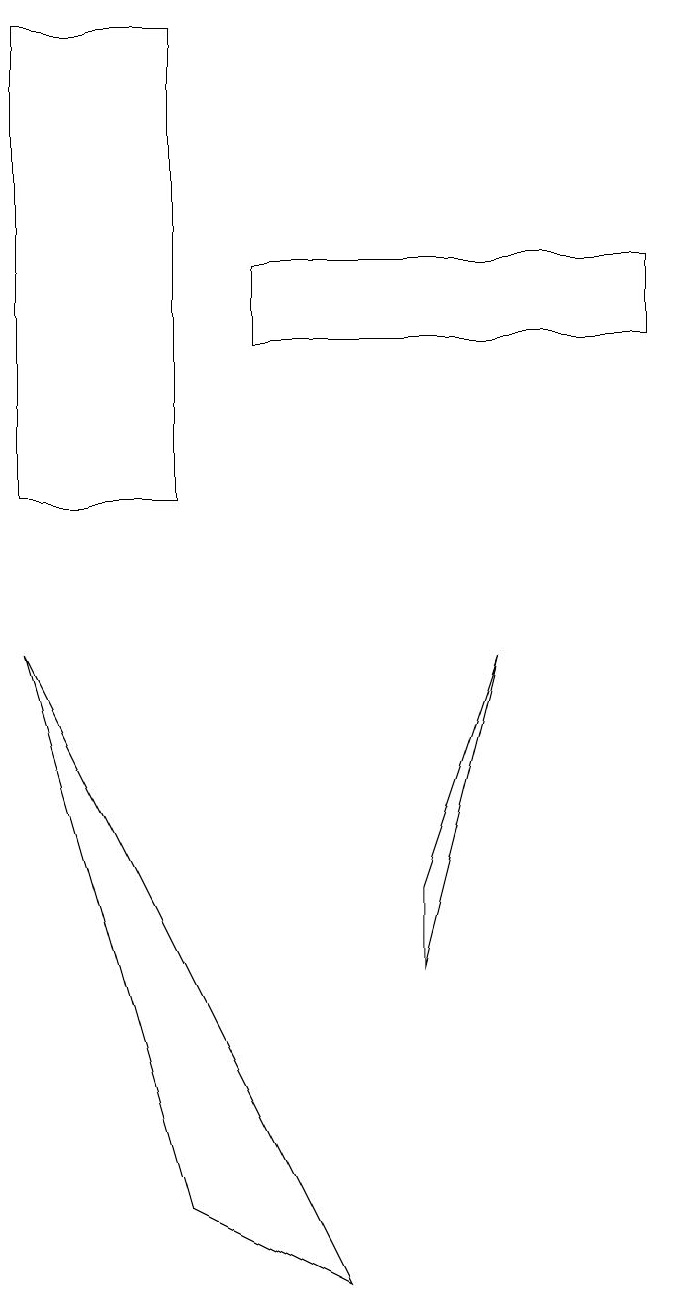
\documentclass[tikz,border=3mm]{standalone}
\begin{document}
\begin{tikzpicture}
\draw (3,16) rectangle (1,10);
\draw (4,12) rectangle (9,13);
\draw (7,8) -- (6,5) -- (6,4) -- cycle;
\draw (1,8) -- (3,1) -- (5,0) -- cycle;
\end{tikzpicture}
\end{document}